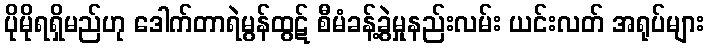
ပိုမိုရရှိမည်ဟု ဒေါက်တာရဲမွန်ထွဋ် စီမံခန့်ခွဲမှုနည်းလမ်း ယင်းလတ် အရုပ်များ